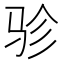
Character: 𱅇